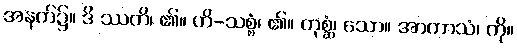
အနက်၌။ ဒိ ဿတိ၊ ၏။ ဟိ-သစ္စံ၊ ၏။ တုစ္ဆံ၊ သော။ အာကာသံ၊ ကို။